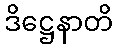
ဒိဋ္ဌေနာတိ